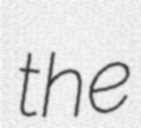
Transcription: the